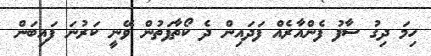
ހިމަ ދިގު ސާފު ފެންއާރެއް ފަދައިން ދެ ކޯތާފަތުން ވޭނީ ކަރުނަ ފައިބަން